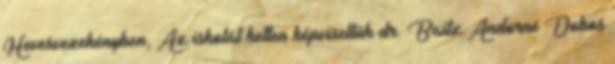
Hevesvezekényben, Az iskolát ketten képviseltük dr. Baitz Andorné Dobos